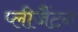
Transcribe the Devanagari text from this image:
प्लीजैंटन